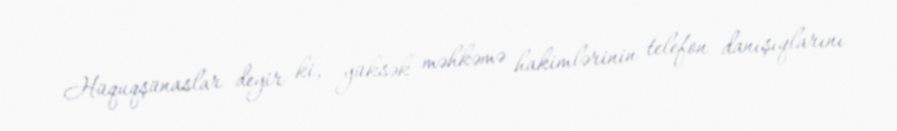
Hüquqşünaslar deyir ki, yüksək məhkəmə hakimlərinin telefon danışıqlarını